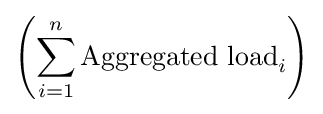
\left(\sum \limits _{i=1}^{n}{\text{Aggregated load}}_{i}\right)